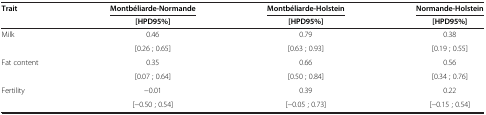
<table><thead><tr><td><b>Trait</b></td><td><b>Montbéliarde-Normande</b></td><td><b>Montbéliarde-Holstein</b></td><td><b>Normande-Holstein</b></td></tr><tr><td><b> </b></td><td><b>[HPD95%]</b></td><td><b>[HPD95%]</b></td><td><b>[HPD95%]</b></td></tr></thead><tbody><tr><td>Milk</td><td>0.46</td><td>0.79</td><td>0.38</td></tr><tr><td> </td><td>[0.26 ; 0.65]</td><td>[0.63 ; 0.93]</td><td>[0.19 ; 0.55]</td></tr><tr><td>Fat content</td><td>0.35</td><td>0.66</td><td>0.56</td></tr><tr><td> </td><td>[0.07 ; 0.64]</td><td>[0.50 ; 0.84]</td><td>[0.34 ; 0.76]</td></tr><tr><td>Fertility</td><td>−0.01</td><td>0.39</td><td>0.22</td></tr><tr><td> </td><td>[−0.50 ; 0.54]</td><td>[−0.05 ; 0.73]</td><td>[−0.15 ; 0.54]</td></tr></tbody></table>